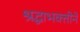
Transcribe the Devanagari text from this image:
श्रद्धाभक्तीने